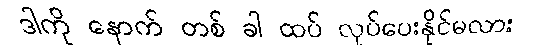
ဒါကို နောက် တစ် ခါ ထပ် လုပ်ပေးနိုင်မလား